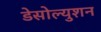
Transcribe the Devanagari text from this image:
डेसोल्युशन